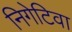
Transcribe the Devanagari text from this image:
निगेटिवा